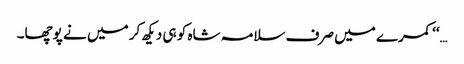
…‘‘ کمرے میں صرف سلامہ شاہ کو ہی دیکھ کر میں نے پوچھا۔